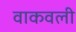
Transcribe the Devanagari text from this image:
वाकवली